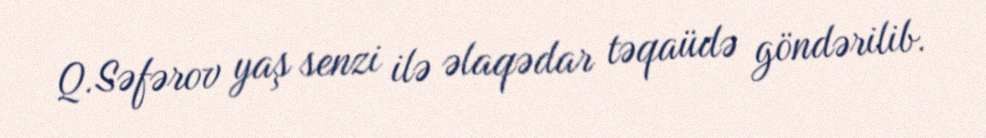
Q.Səfərov yaş senzi ilə əlaqədar təqaüdə göndərilib.